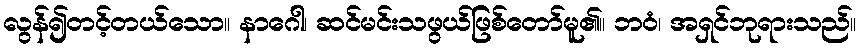
လွန်၍တင့်တယ်သော။ နာဂေါ၊ ဆင်မင်းသဖွယ်ဖြစ်တော်မူ၏။ ဘဝံ၊ အရှင်ဘုရားသည်။